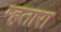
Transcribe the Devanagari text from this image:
म्हतारा